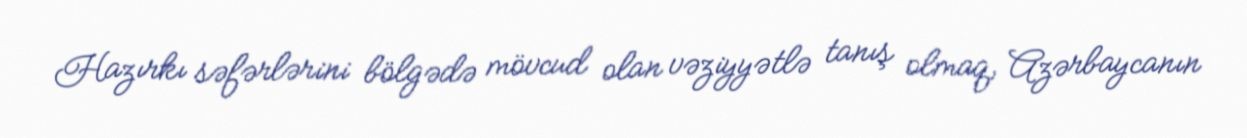
Hazırkı səfərlərini bölgədə mövcud olan vəziyyətlə tanış olmaq, Azərbaycanın